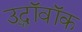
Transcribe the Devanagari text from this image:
उद्धॉवॉक